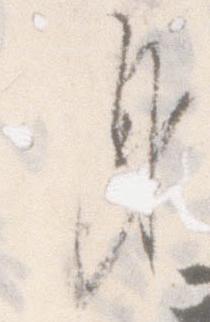
身